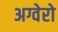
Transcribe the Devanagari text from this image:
अग्वेरो